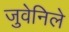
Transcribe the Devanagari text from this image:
जुवेनिले